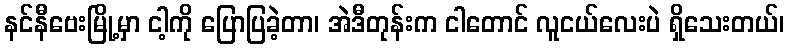
နင်နီဗေးမြို့မှာ ငါ့ကို ပြောပြခဲ့တာ၊ အဲဒီတုန်းက ငါတောင် လူငယ်လေးပဲ ရှိသေးတယ်၊